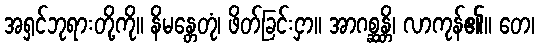
အရှင်ဘုရားတို့ကို။ နိမန္တေတုံ၊ ဖိတ်ခြင်းငှာ။ အာဂစ္ဆန္တိ၊ လာကုန်၏။ တေ၊